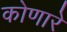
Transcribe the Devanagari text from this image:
कोणारे